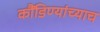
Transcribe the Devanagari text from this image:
कौंडिण्यांच्याच